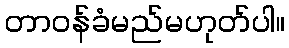
တာဝန်ခံမည်မဟုတ်ပါ။